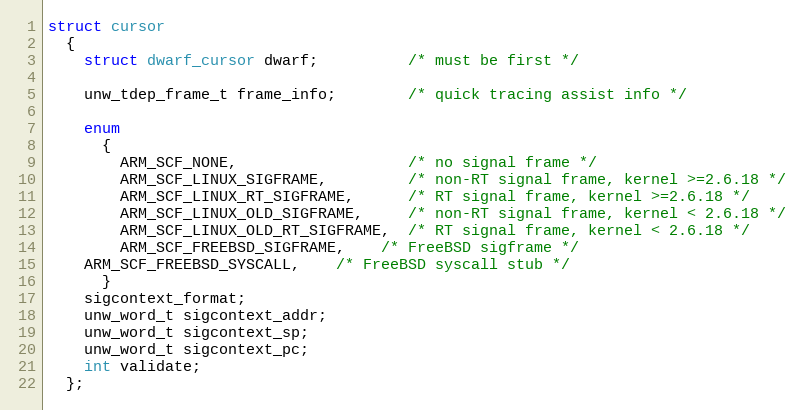
Language: C
struct cursor
  {
    struct dwarf_cursor dwarf;          /* must be first */

    unw_tdep_frame_t frame_info;        /* quick tracing assist info */

    enum
      {
        ARM_SCF_NONE,                   /* no signal frame */
        ARM_SCF_LINUX_SIGFRAME,         /* non-RT signal frame, kernel >=2.6.18 */
        ARM_SCF_LINUX_RT_SIGFRAME,      /* RT signal frame, kernel >=2.6.18 */
        ARM_SCF_LINUX_OLD_SIGFRAME,     /* non-RT signal frame, kernel < 2.6.18 */
        ARM_SCF_LINUX_OLD_RT_SIGFRAME,  /* RT signal frame, kernel < 2.6.18 */
        ARM_SCF_FREEBSD_SIGFRAME,	/* FreeBSD sigframe */
	ARM_SCF_FREEBSD_SYSCALL,	/* FreeBSD syscall stub */
      }
    sigcontext_format;
    unw_word_t sigcontext_addr;
    unw_word_t sigcontext_sp;
    unw_word_t sigcontext_pc;
    int validate;
  };